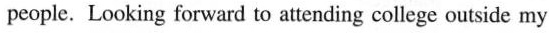
people. Looking forward to aittending college outside my